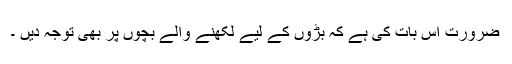
ضرورت اس بات کی ہے کہ بڑوں کے لیے لکھنے والے بچوں پر بھی توجہ دیں ۔